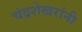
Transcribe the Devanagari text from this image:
चंद्रशेखरांनी